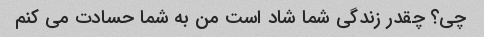
چی؟ چقدر زندگی شما شاد است من به شما حسادت می کنم